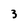
Character: 3